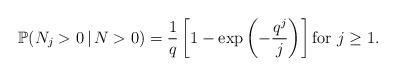
LaTeX: \begin{align*}\mathbb{P}( N_j > 0 \,|\, N > 0 ) = \frac{1}{q} \left[ 1 - \exp\left( - \frac{q^j}{j} \right) \right] \mbox{for } j \ge 1.\end{align*}